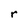
Character: r